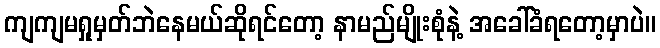
ကျကျမရှုမှတ်ဘဲနေမယ်ဆိုရင်တော့ နာမည်မျိုးစုံနဲ့ အခေါ်ခံရတော့မှာပဲ။